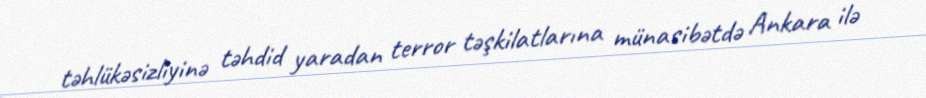
təhlükəsizliyinə təhdid yaradan terror təşkilatlarına münasibətdə Ankara ilə